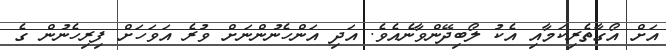
އަށް އޯގާތެރިކަމާއި އެކު ލޯބިދޭންވާނެއެވެ. އަދި އަންހެނުންނަށް ވުރެ އަވަހަށް ފިރިހެނުން ގެ